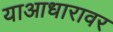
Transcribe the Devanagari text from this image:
याआधारावर